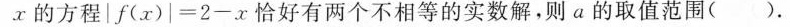
x的方程$$| f ( x ) | = 2 - x$$恰好有两个不相等的实数解,则 a的取值范围( ).